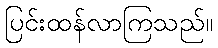
ပြင်းထန်လာကြသည်။